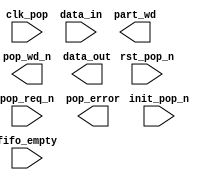
////////////////////////////////////////////////////////////////////////////////
//
//       This confidential and proprietary software may be used only
//     as authorized by a licensing agreement from Synopsys Inc.
//     In the event of publication, the following notice is applicable:
//
//                    (C) COPYRIGHT 2006 - 2016 SYNOPSYS INC.
//                           ALL RIGHTS RESERVED
//
//       The entire notice above must be reproduced on all authorized
//     copies.
//
//
// VERSION:   Verilog Simulation Model
//
// DesignWare_version: 1cf4e60e
// DesignWare_release: K-2015.06-DWBB_201506.5.2
//
////////////////////////////////////////////////////////////////////////////////
////////////////////////////////////////////////////////////////////////////////
//
// ABSTRACT: Asymmetric Data Output Buffer Simulation Model
//           Output multiplexer used for asymmetric data transfers when the
//           input data width is greater than and an integer multiple
//           of the output data width.
//
//              Parameters:     Valid Values
//              ==========      ============
//              in_width        [ 1 to 256]
//              out_width       [ 1 to 256]
//                  Note: in_width must be greater than
//                        out_width and an integer multiple:
//                        that is, in_width = K * out_width
//              err_mode        [ 0 = sticky error flag,
//                                1 = dynamic error flag ]
//              byte_order      [ 0 = the first byte (or subword) is in MSBs
//                                1 = the first byte (or subword)is in LSBs ]
//
//              Input Ports     Size    Description
//              ===========     ====    ===========
//              clk_pop         1 bit   Pop I/F Input Clock
//              rst_pop_n       1 bit   Async. Pop Reset (active low)
//              init_pop_n      1 bit   Sync. Pop Reset (active low)
//              pop_req_n       1 bit   Active Low Pop Request
//              data_in         M bits  Data 'full' word being popped
//              fifo_empty      1 bit   Empty indicator from fifoctl that RAM/FIFO is empty
//
//              Output Ports    Size    Description
//              ============    ====    ===========
//              pop_wd_n        1 bit   Full word for transfered (active low)
//              data_out        N bits  Data subword into RAM or FIFO
//              part_wd         1 bit   Partial word poped flag
//              pop_error       1 bit   Underrun of RAM or FIFO
//
//                Note: M is the value of the parameter in_width
//                      N is the value of the parameter out_width
//
//
// MODIFIED:
//
////////////////////////////////////////////////////////////////////////////////
module DW_asymdata_outbuf(
        clk_pop,
        rst_pop_n,
        init_pop_n,
        pop_req_n,
        data_in,
        fifo_empty,

        pop_wd_n,
        data_out,
        part_wd,
        pop_error
        );


parameter in_width     = 16; // RANGE 1 to 256
parameter out_width    =  8; // RANGE 1 to 256
parameter err_mode     =  0; // RANGE 0 to 1
parameter byte_order   =  0; // RANGE 0 to 1
  

input                   clk_pop;        // clk
input                   rst_pop_n;      // active low async reset
input                   init_pop_n;     // active low sync reset
input                   pop_req_n;      // active high pop reqest
input   [in_width-1:0]  data_in;        // data full word
input                   fifo_empty;     // empty indicator from fifoctl that RAM/FIFO is empty

output                  pop_wd_n;       // full data word read
output  [out_width-1:0] data_out;       // data subword
output                  part_wd;        // Partial word poped flag
output                  pop_error;      // Underrun of RAM or FIFO


// synopsys translate_off
`define DW_K (in_width/out_width)
`define DW_cnt_width  ((`DW_K>16)?((`DW_K>64)?((`DW_K>128)?8:7):((`DW_K>32)?6:5)):((`DW_K>4)?((`DW_K>8)?4:3):((`DW_K>2)?2:1)))


wire    [in_width-1:0]  data_in_int;     // internal data subword
wire                    fifo_full;   // internal fifo_full

reg     [out_width-1:0] data_out_int;
wire    [out_width-1:0] next_data_out_int;

reg                     pop_error_int;
wire                    next_pop_error_int;
wire                    pre_next_pop_error_int;


reg     [`DW_cnt_width-1:0]  cntr;
wire    [`DW_cnt_width-1:0]  next_cntr;

integer   w_sw, w_b;

  //-------------------------------------------------------------------------
  // Parameter legality check
  //-------------------------------------------------------------------------
  
 
  initial begin : parameter_check
    integer param_err_flg;

    param_err_flg = 0;
    
  
    if (in_width < 1) begin
      param_err_flg = 1;
      $display(
	"ERROR: %m :\n  Invalid value (%d) for parameter in_width (lower bound: 1)",
	in_width );
    end
  
    if (out_width < 1) begin
      param_err_flg = 1;
      $display(
	"ERROR: %m :\n  Invalid value (%d) for parameter out_width (lower bound: 1)",
	out_width );
    end
  
    if ( (err_mode < 0) || (err_mode > 1) ) begin
      param_err_flg = 1;
      $display(
	"ERROR: %m :\n  Invalid value (%d) for parameter err_mode (legal range: 0 to 1)",
	err_mode );
    end
  
    if ( (byte_order < 0) || (byte_order > 1) ) begin
      param_err_flg = 1;
      $display(
	"ERROR: %m :\n  Invalid value (%d) for parameter byte_order (legal range: 0 to 1)",
	byte_order );
    end
  
    if ( param_err_flg == 1) begin
      $display(
        "%m :\n  Simulation aborted due to invalid parameter value(s)");
      $finish;
    end

  end // parameter_check 


assign  data_in_int     = (data_in | (data_in ^ data_in));

assign  next_cntr  = (!pop_req_n && !pre_next_pop_error_int) ? 
                       ((cntr == `DW_K-1) ? 
                         {`DW_cnt_width{1'b0}} : cntr + 1) :
                       cntr; 

assign  pre_next_pop_error_int  = ~pop_req_n && fifo_empty;
assign  next_pop_error_int      = (err_mode == 0) ? pre_next_pop_error_int | pop_error_int : pre_next_pop_error_int;


always @(data_in_int or cntr) begin : gen_data_out_PROC
  data_out_int = {out_width{1'b0}};
  if (byte_order == 0) begin
    for (w_sw=0; w_sw<`DW_K; w_sw=w_sw+1) begin
      for (w_b=0; w_b<out_width; w_b=w_b+1) begin
        if (w_sw === cntr) begin
          data_out_int[w_b] = data_in_int[(in_width-(out_width*(w_sw+1)))+w_b];
        end
      end
    end
  end else begin
    for (w_sw=0; w_sw<`DW_K; w_sw=w_sw+1) begin
      for (w_b=0; w_b<out_width; w_b=w_b+1) begin
        if (w_sw === cntr) begin
          data_out_int[w_b] = data_in_int[(out_width*w_sw)+w_b];
        end
      end
    end
  end  // (byte_order == 1)
end  // of PROC_gen_data_out

  always @(posedge clk_pop or negedge rst_pop_n) begin : a1000_PROC
    if (rst_pop_n === 1'b0) begin
      pop_error_int     <= 1'b0;
      cntr              <= {`DW_cnt_width{1'b0}};
    end else if (rst_pop_n === 1'b1) begin
      if (init_pop_n === 1'b0) begin
        pop_error_int     <= 1'b0;
        cntr              <= {`DW_cnt_width{1'b0}};
      end else if (init_pop_n === 1'b1) begin
        pop_error_int     <= next_pop_error_int;
        cntr              <= next_cntr;
      end else begin
        pop_error_int     <= 1'bX;
        cntr              <= {`DW_cnt_width{1'bX}};
      end
    end else begin
      pop_error_int     <= 1'bX;
      cntr              <= {`DW_cnt_width{1'bX}};
    end
  end

  assign  pop_wd_n   = ~(((pop_req_n === 1'b0) && (cntr === `DW_K-1)) && ~pre_next_pop_error_int);
  assign  data_out   = data_out_int;
  assign  pop_error  = pop_error_int;
  assign  part_wd    = cntr > 0;

  
  always @ (clk_pop) begin : monitor_clk_pop 
    if ( (clk_pop !== 1'b0) && (clk_pop !== 1'b1) && ($time > 0) )
      $display( "WARNING: %m :\n  at time = %t, detected unknown value, %b, on clk_pop input.",
                $time, clk_pop );
    end // monitor_clk_pop 

`undef DW_K 
`undef DW_cnt_width 
// synopsys translate_on
endmodule